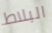
البلاط